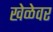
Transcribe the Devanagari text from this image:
खेळेवर